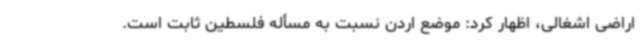
اراضی اشغالی، اظهار کرد: موضع اردن نسبت به مسأله فلسطین ثابت است.